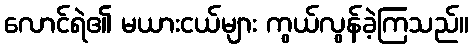
လောင်ရဲ၏ မယားငယ်များ ကွယ်လွန်ခဲ့ကြသည်။